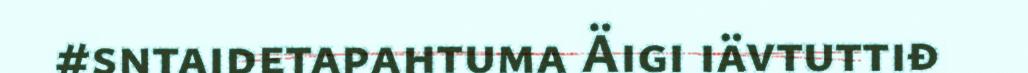
#sntaidetapahtuma Äigi iävtuttiđ